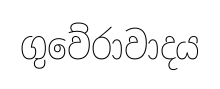
ගුවේරාවාදය